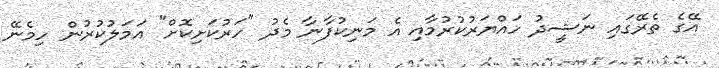
އޭގެ ތެރޭގައި ނަޝީދު ހައްޔަރުކުރުމާއި އެ މަނިކުފާނާ މެދު "ހަރުކަށިކޮށް" އަމަލުކުރުން ހިމެނޭ